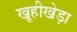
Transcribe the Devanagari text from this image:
खूहीखेड़ा